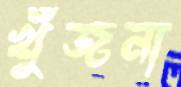
খুঁজনা